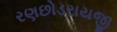
રણછોડરાયજી